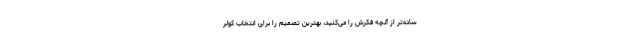
ساده‌تر از آنچه فکرش را می‌کنید، بهترین تصمیم را برای انتخاب کولر